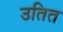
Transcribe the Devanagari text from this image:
उतित